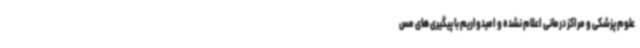
علوم پزشکی و مراکز درمانی اعلام نشده و امیدواریم با پیگیری های مس